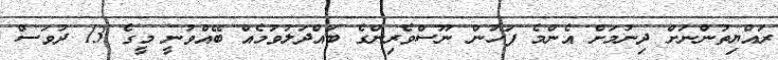
ރައްޔިތުންނަށް ދިނުމަށް އެންމެ ފަހުން ނޫސްވެރިންގެ ބައްދަލުވުމެއް ބޭއްވުނީ މީގެ 13 ދުވަސް